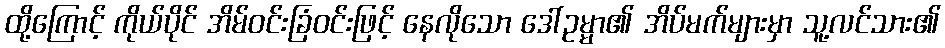
ထို့ကြောင့် ကိုယ်ပိုင် အိမ်ဝင်းခြံဝင်းဖြင့် နေလိုသော ဒေါ်ဥမ္မာ၏ အိပ်မက်များမှာ သူ့လင်သား၏